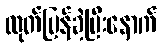
ထုတ်ပြန်ခဲ့ပြီးနောက်